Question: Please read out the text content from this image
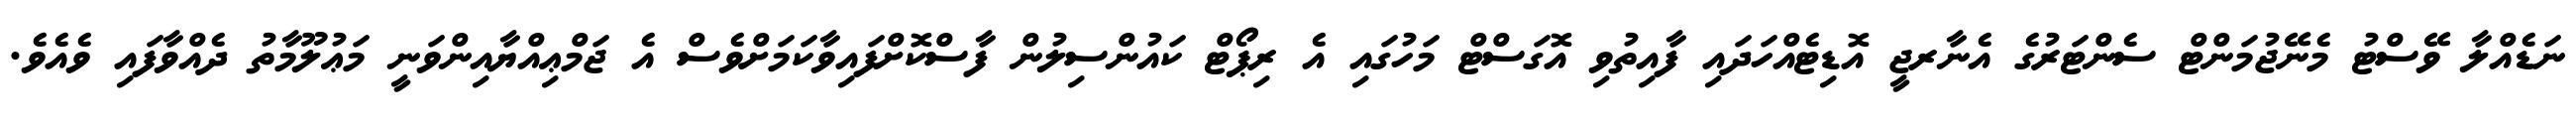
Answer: ނަޑެއްލާ ވޭސްޓު މެނޭޖުމަންޓް ސެންޓަރުގެ އެނާރޖީ އޮޑިޓެއްހަދައި ފާއިތުވި އޮގަސްޓް މަހުގައި އެ ރިޕޯޓް ކައުންސިލުން ފާސްކޮށްފައިވާކަމަށްވެސް އެ ޖަމްޢިއްޔާއިންވަނީ މަޢުލޫމާތު ދެއްވާފައި ވެއެވެ.